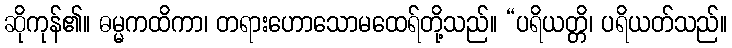
ဆိုကုန်၏။ ဓမ္မကထိကာ၊ တရားဟောသောမထေရ်တို့သည်။ “ပရိယတ္တိ၊ ပရိယတ်သည်။